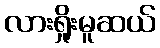
လားရှိုးမူဆယ်